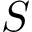
S